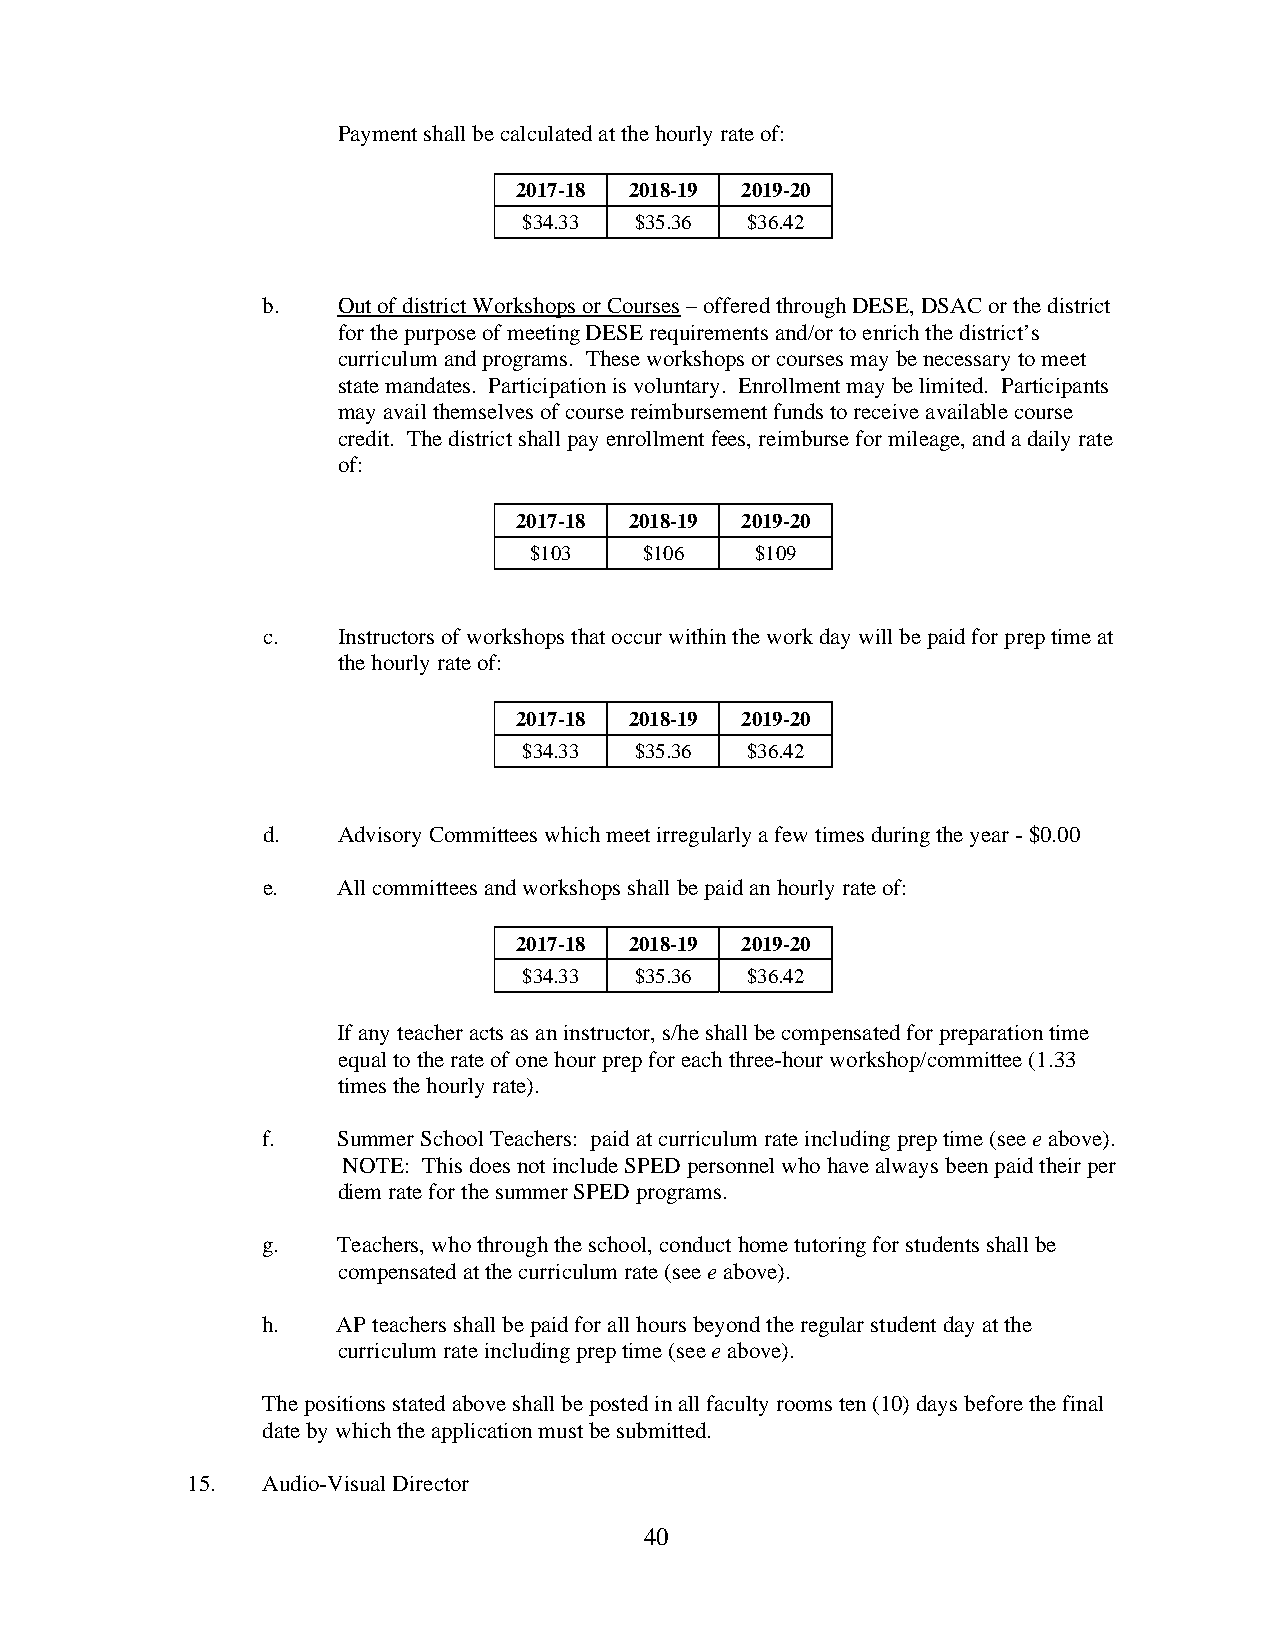
Payment shall be calculated at the hourly rate of:
 2017-18 2018-19 2019-20
 $34.33 $35.36 $36.42
 b.   Out of district Workshops or Courses – offered through DESE, DSAC or the district
 for the purpose of meeting DESE requirements and/or to enrich the district’s
 curriculum and programs. These workshops or courses may be necessary to meet
 state mandates. Participation is voluntary. Enrollment may be limited. Participants
 may avail themselves of course reimbursement funds to receive available course
 credit. The district shall pay enrollment fees, reimburse for mileage, and a daily rate
 of:
 2017-18 2018-19 2019-20
 $103    $106   $109
 c.   Instructors of workshops that occur within the work day will be paid for prep time at
 the hourly rate of:
 2017-18 2018-19 2019-20
 $34.33 $35.36 $36.42
 d.   Advisory Committees which meet irregularly a few times during the year - $0.00
 e.   All committees and workshops shall be paid an hourly rate of:
 2017-18 2018-19 2019-20
 $34.33 $35.36 $36.42
 If any teacher acts as an instructor, s/he shall be compensated for preparation time
 equal to the rate of one hour prep for each three-hour workshop/committee (1.33
 times the hourly rate).
 f.   Summer School Teachers: paid at curriculum rate including prep time (see e above).
 NOTE: This does not include SPED personnel who have always been paid their per
 diem rate for the summer SPED programs.
 g.   Teachers, who through the school, conduct home tutoring for students shall be
 compensated at the curriculum rate (see e above).
 h.   AP teachers shall be paid for all hours beyond the regular student day at the
 curriculum rate including prep time (see e above).
 The positions stated above shall be posted in all faculty rooms ten (10) days before the final
 date by which the application must be submitted.
 15.  Audio-Visual Director
 40